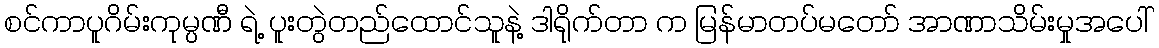
စင်ကာပူဂိမ်းကုမ္ပဏီ ရဲ့ ပူးတွဲတည်ထောင်သူနဲ့ ဒါရိုက်တာ က မြန်မာတပ်မတော် အာဏာသိမ်းမှုအပေါ်